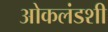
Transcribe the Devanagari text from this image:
ओकलंडशी